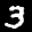
Label: 3